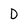
Character: D